Madras plague regulations and rules - Volume 1
Disease focus: Plague
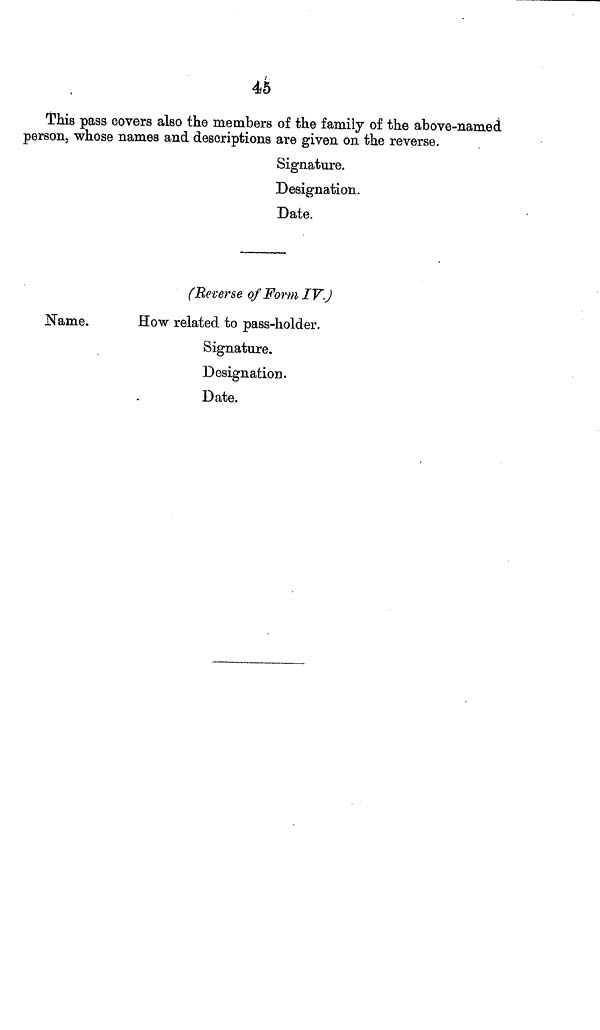
45
This pass covers also the members of the family of the above-named
person, whose names and descriptions are given on the reverse.
Signature.
Designation.
Date.
(Reverse of Form IV.)
Name.
How related to pass-holder.
Signature.
Designation.
Date.